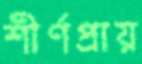
শীর্ণপ্রায়